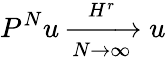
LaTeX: P^{N}u\xrightarrow[N\rightarrow\infty]{H^{r}}u